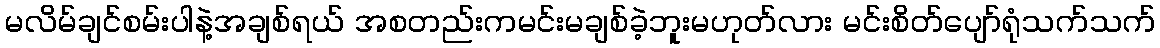
မလိမ်ချင်စမ်းပါနဲ့အချစ်ရယ် အစတည်းကမင်းမချစ်ခဲ့ဘူးမဟုတ်လား မင်းစိတ်ပျော်ရုံသက်သက်